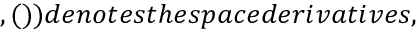
, ( ) ) d e n o t e s t h e s p a c e d e r i v a t i v e s ,